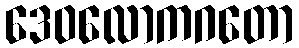
ဒေဝလောကဂတော